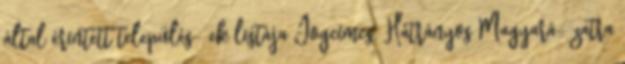
által érintett település- ek listája Jogcímcs. Hátrányos Magyará- zatra